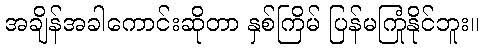
အချိန်အခါကောင်းဆိုတာ နှစ်ကြိမ် ပြန်မကြုံနိုင်ဘူး။